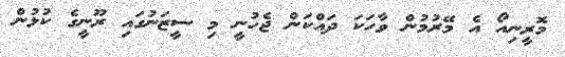
މޮރީނިއޯ އެ މޭރުމުން ވާހަކަ ދައްކަން ޖެހުނީ މި ސީޒަނުގައި ރޫނީގެ ކުޅުން